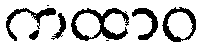
ကထာဝ